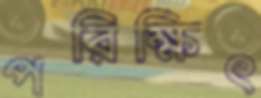
পরিক্ষিৎ